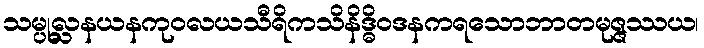
သမ္ပုလ္လနယနကုဝလယသီရိကသိနိဒ္ဓိဝဒနကရသောဘာတမုဇ္ဇဿယ၊